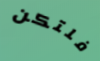
فلتكن